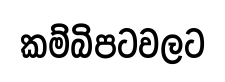
කම්බිපටවලට